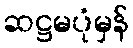
ဆဋ္ဌမပုံမှန်